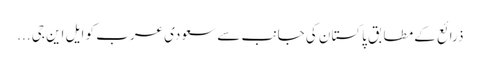
ذرائع کے مطابق پاکستان کی جانب سے سعودی عرب کو ایل این جی ...